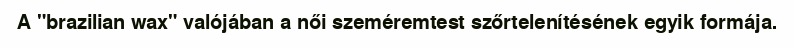
A "brazilian wax" valójában a női szeméremtest szőrtelenítésének egyik formája.